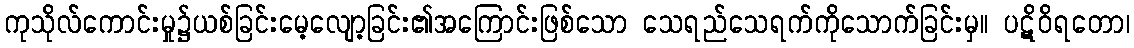
ကုသိုလ်ကောင်းမှု၌ယစ်ခြင်းမေ့လျော့ခြင်း၏အကြောင်းဖြစ်သော သေရည်သေရက်ကိုသောက်ခြင်းမှ။ ပဋိဝိရတော၊